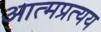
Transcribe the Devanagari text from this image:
आत्मप्रत्यय